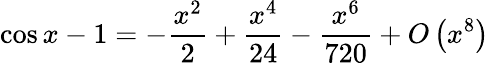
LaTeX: \cos x-1=-{\frac{x^{2}}{2}}+{\frac{x^{4}}{24}}-{\frac{x^{6}}{720}}+{O}\left(x^{8}\right)